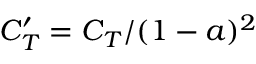
C _ { T } ^ { \prime } = C _ { T } / ( 1 - a ) ^ { 2 }